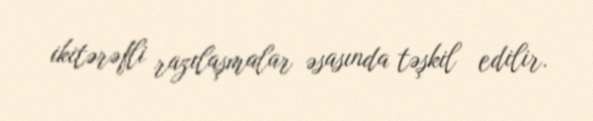
ikitərəfli razılaşmalar əsasında təşkil edilir.